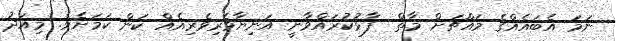
ނަމަ އެބައެއްގެ މައްޗަށް މާތް  ފާޅުކުރައްވާނީ އަނިޔާވެރިވެރިއެއް ކަން ކަމަށެވެ. މިއަދު